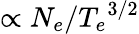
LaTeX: \propto N_{e}/{T_{e}}^{3/2}